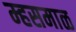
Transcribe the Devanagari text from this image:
म्हसमाळ